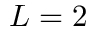
L = 2